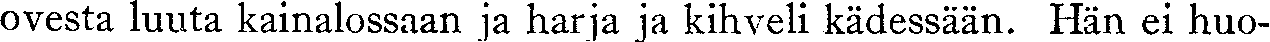
ovesta luuta kainalossaan ja harja ja kihveli kädessään. Hän ei huo-